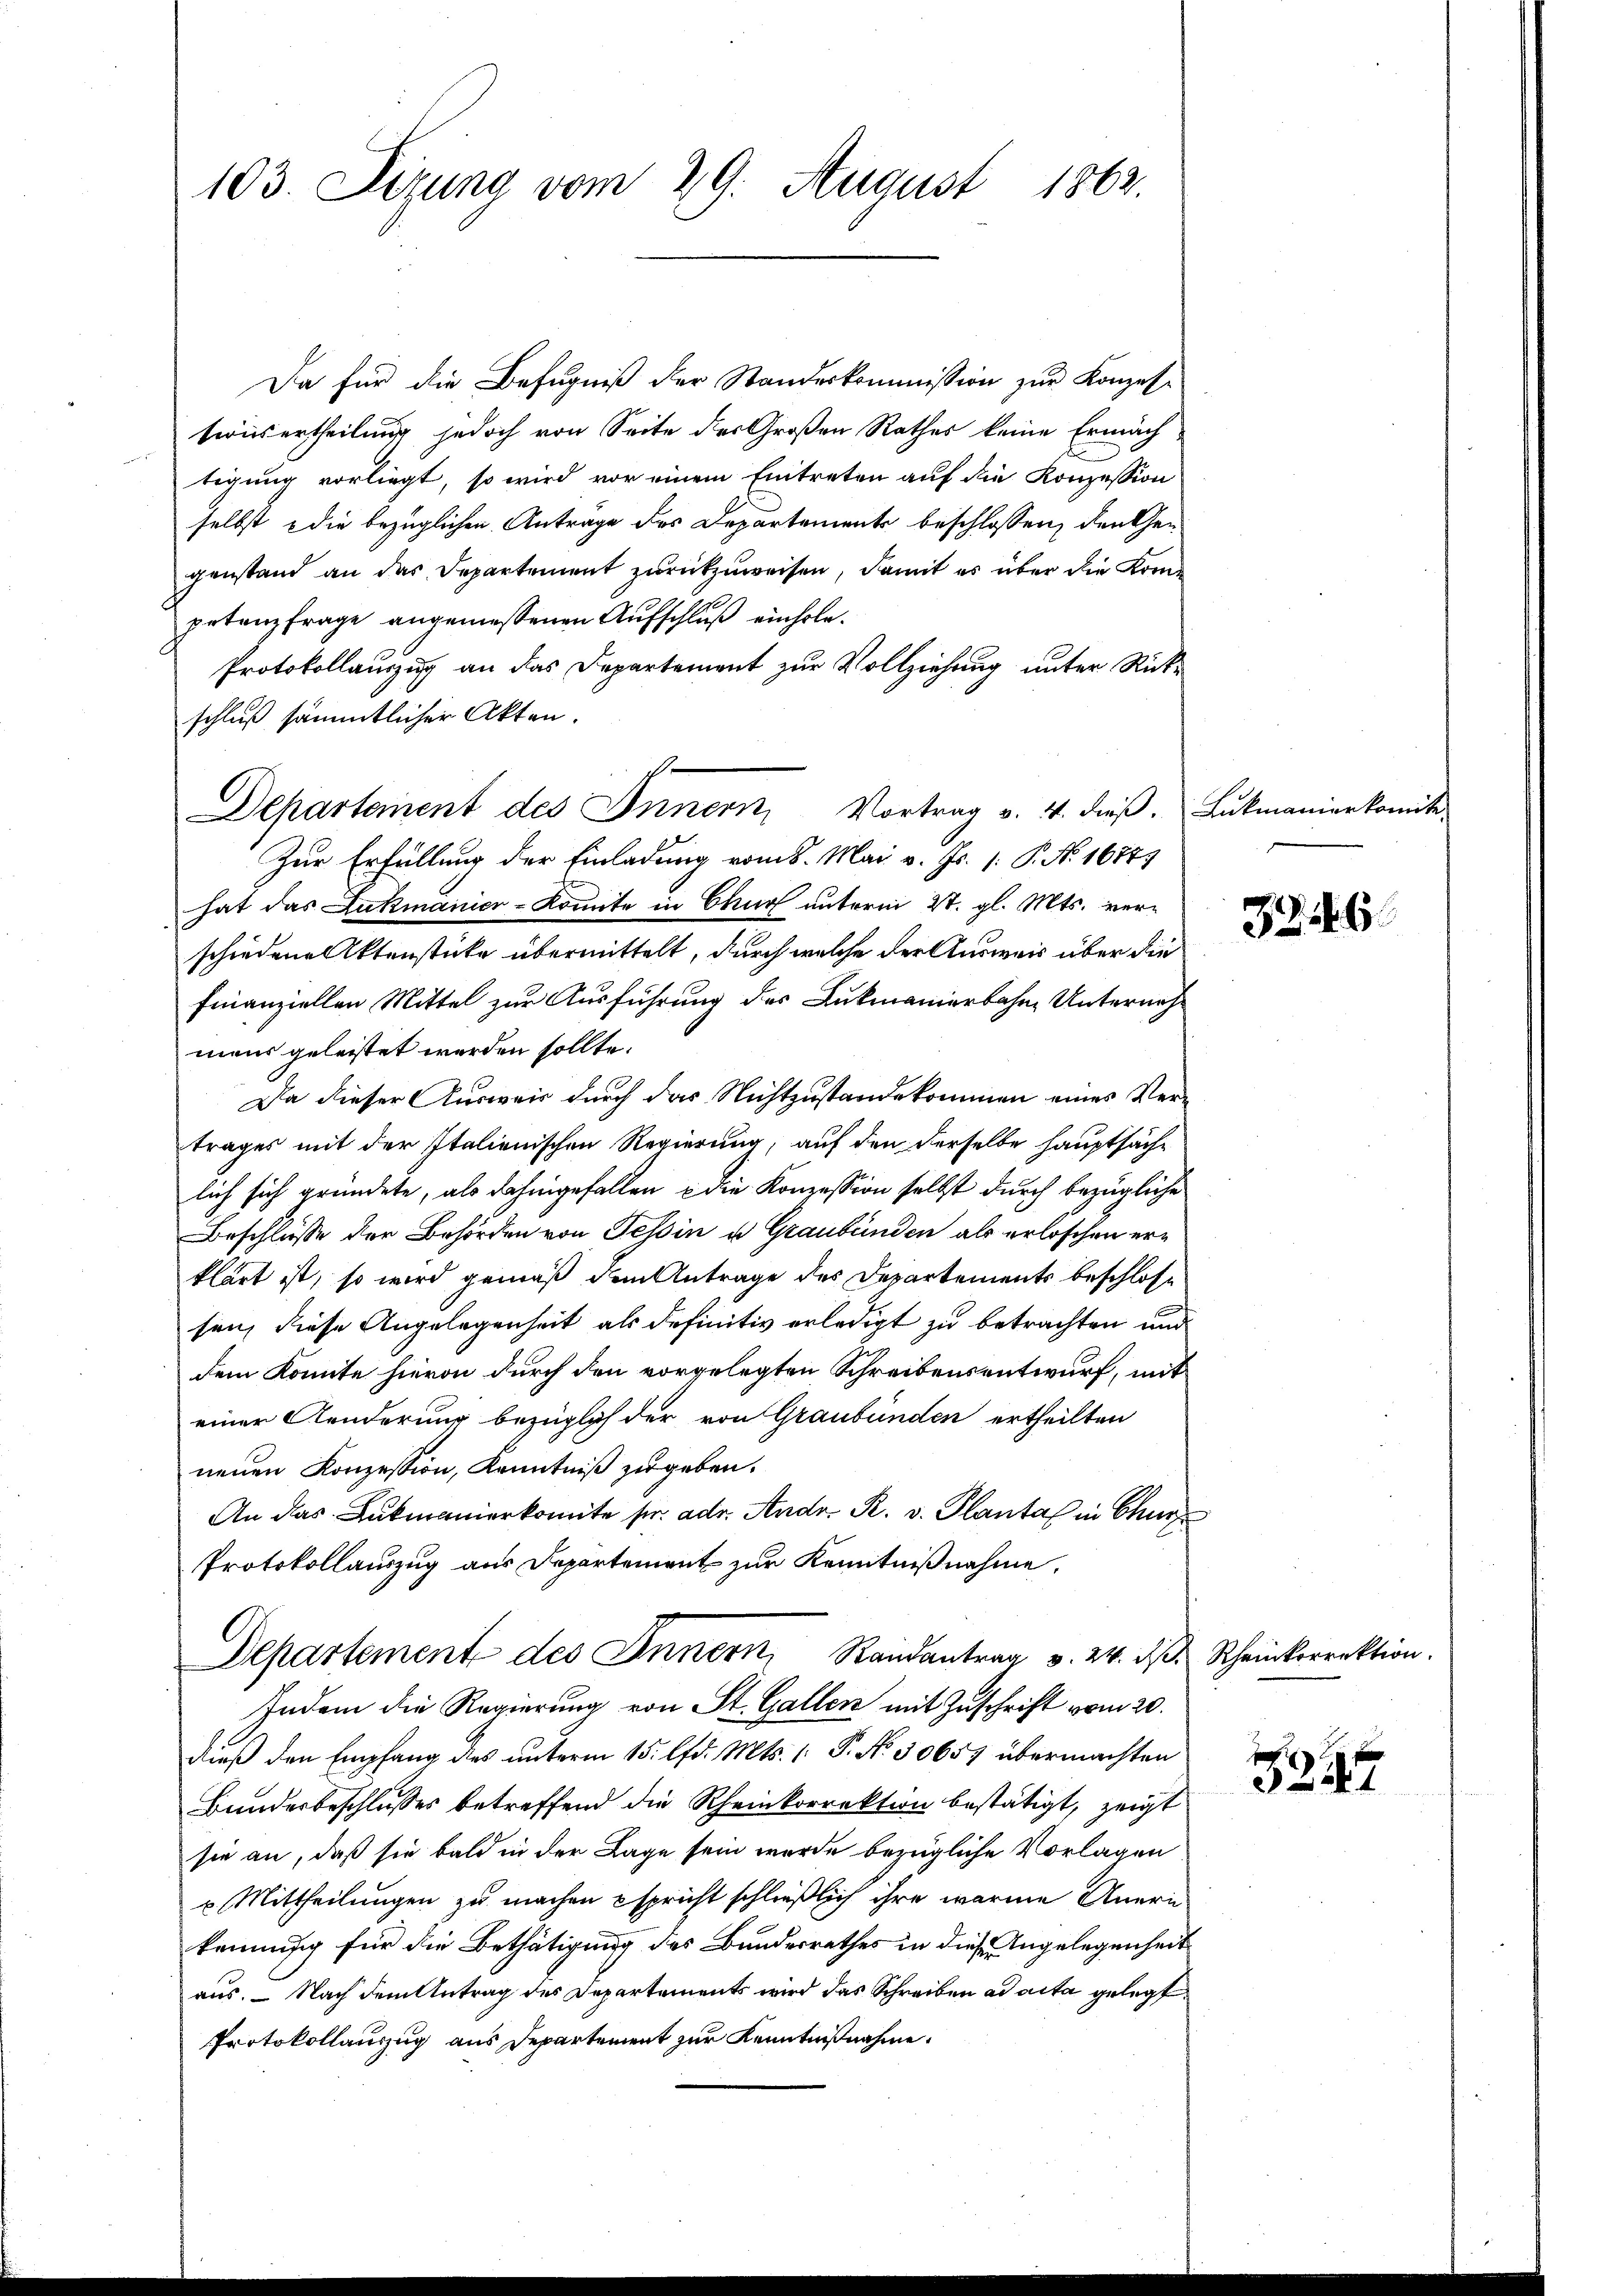
103. Sizung vom 29. August 1862.

Da für die Befugniß der Standeskommission zur Konzessionsertheilung jedoch von Seite des Großen Rathes keine Ermäch
tigung vorliegt, so wird vor einem Eintreten auf die Konzession
selbst die bezüglichen Anträge des Departaments beschlossen, den Gegenstand an das Departement zurückzuweisen, damit es über die Kompetenzfrage angemessenen Aufschluß einhole¬
Protokollauszug an das Departement zur Vollziehung unter Rückschluß sämmtlicher Akten.
Departement des Innern, Vortrag v. 4. dieβ. Lukmanierkomite.
Zur Erfüllung der Einladung vom 8. Mai v. Js. 1. P. N. 1674
hat das Lukmanicr-Komite in Chur unterm 27. gl. Mts. verschiedene Aktenstücke übermittelt, durch welche der Ausweis über die
finanziellen Mittel zur Ausführung des Lukmanierbahne Unterneh-
maus geleistet werden sollte.
Da dieser Ausweis durch das Nichtzustande kommen eines Vertrages mit der Italienischen Regierung, auf den derselbe hauptsächlich sich gründete, als dahingefallen & die Konzession selbst durch bezügliche
Beschlüsse der Behörden von Tessin u. Graubünden als erlöschen erklärt ist, so wird gemäß dem Antrage des Departements beschlosse
sen, diese Angelegenheit als definitiv erledigt zu betrachten und
dem konnte hievon durch den vorgelegten Schreibensentwurf, mit
einer Aenderung bezüglich der von Graubünden ertheilten
neuen Konzession, Kenntniß zugeben.
An das Lukmanierkomite pr. adr. Andr. R. v. Plantal in Chur
Protokollauszug aus Departement zur Kenntnißnahme.
Departement des Innern, Randantrag v. 24. d. Rheinkorrektion.
Indem die Regierung von St. Gallen mit Zuschrift vom 20.
dieß den Empfang des unterm 15. lfd. Mts. 1 P. Nr. 30657 übermachten
Bundesbeschlusses betreffend die Rheinkorrektion bestätigt, zeigt
sie an, daß sie bald in der Lage sein wurde bezügliche Vorlagen
u Mittheilungen zu machen Espricht schließlich ihre warme Aneri
kennung für die Bethätigung des Bundesrathes in diese Angelegenheit
aus. — Nach dem Antrag des Departements wird das Schreiben ad acta gelegt
Protokollauszug aus Departement zur Kenntnißnahme.

32146

f
3247